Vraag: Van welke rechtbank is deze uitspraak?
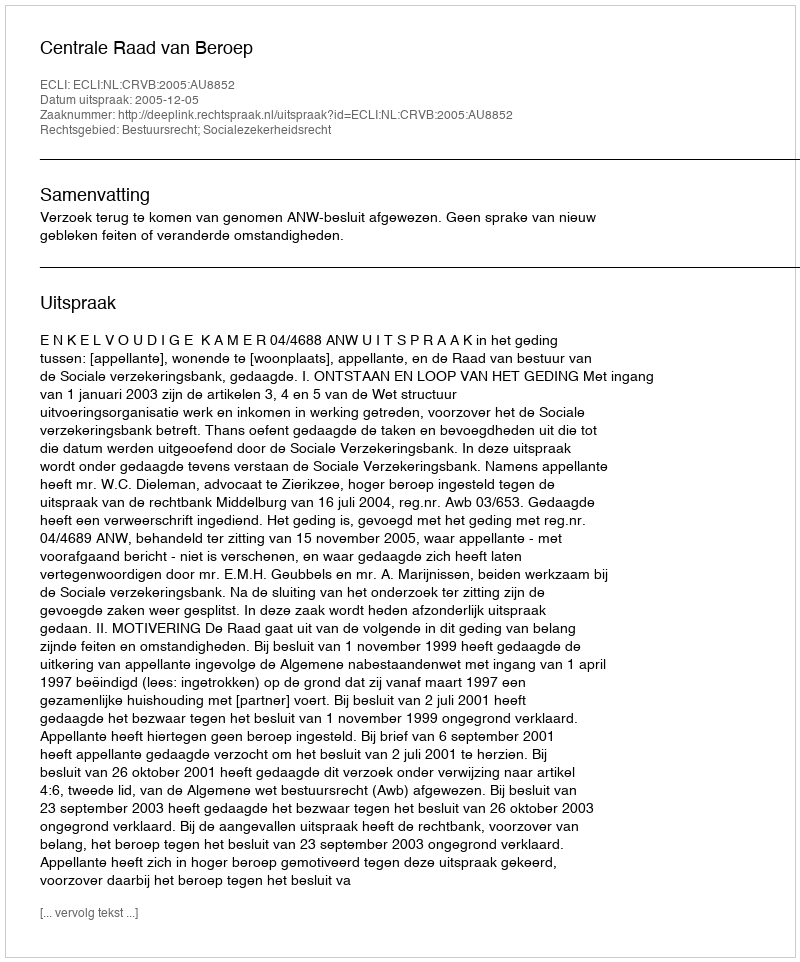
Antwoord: Centrale Raad van Beroep